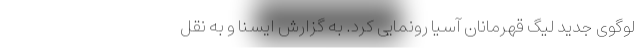
لوگوی جدید لیگ قهرمانان آسیا رونمایی کرد. به گزارش ایسنا و به نقل